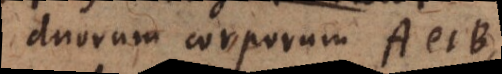
multae corporum A et B,